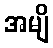
အမျိ